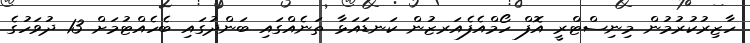
ހާޒިރުކުރުމުން މިނިސްޓްރީ އޮފް ހޯމްއެފެއަރޒުން ކަނޑައަޅާ ތަނެއްގައި ބަންދުގައި ބެހެއްޓުމަށް 13 ދުވަހުގެ